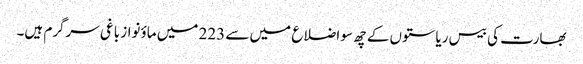
بھارت کی بیس ریاستوں کے چھ سو اضلاع میں سے 223 میں ماؤنواز باغی سرگرم ہیں۔